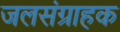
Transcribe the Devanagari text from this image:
जलसंग्राहक